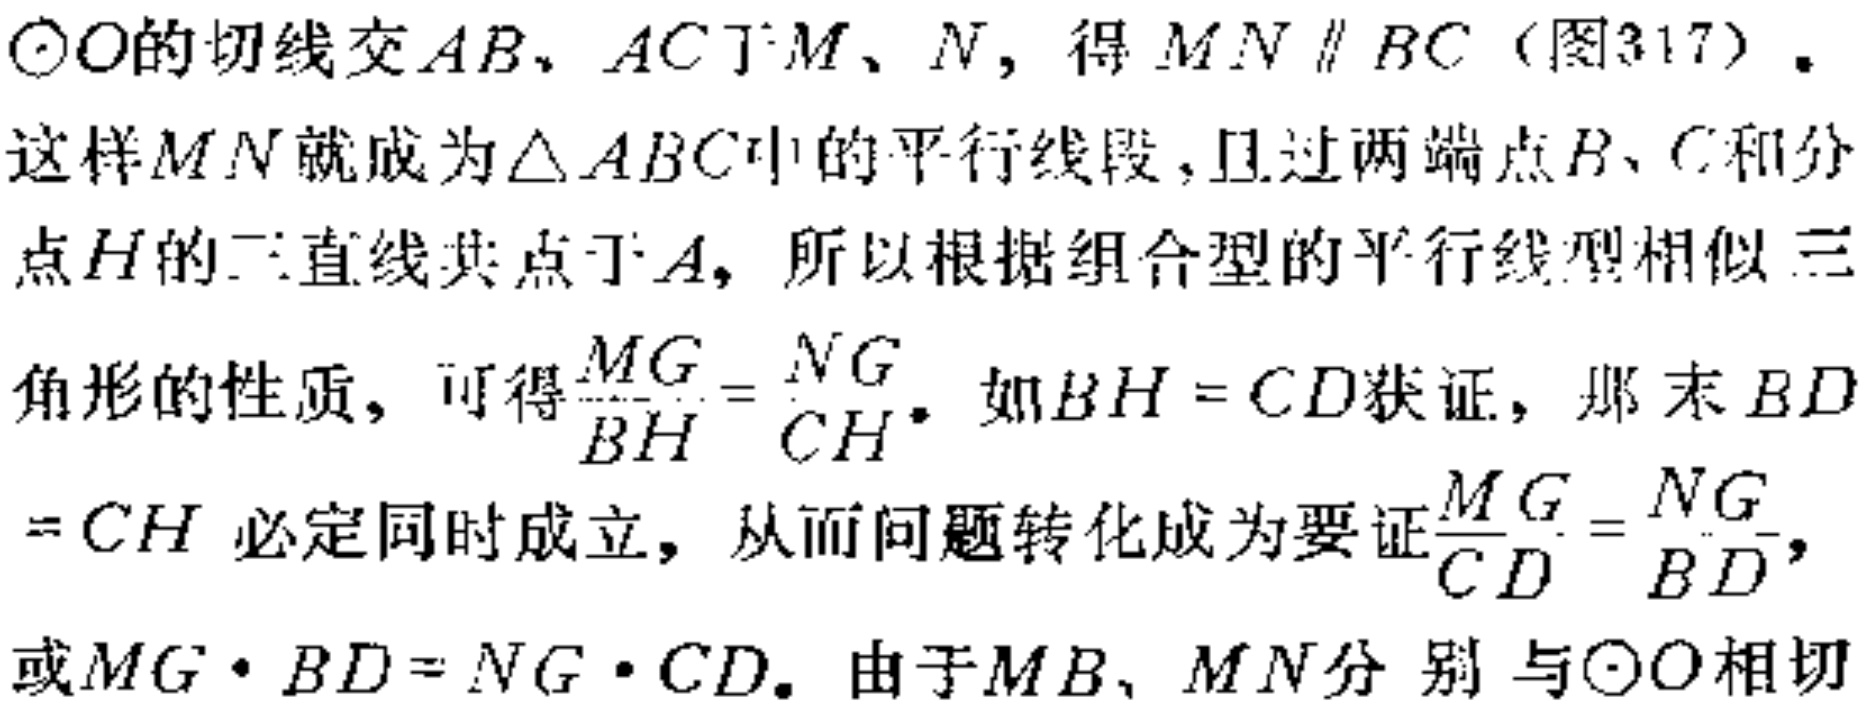
$\odot O$的切线交$AB$、$AC$于$M$、$N$，得$MN \parallel BC$（图317）.
这样$MN$就成为$\triangle ABC$中的平行线段，且过两端点$B$、$C$和分
点$H$的三直线共点于$A$，所以根据组合型的平行线型相似三
角形的性质，可得$\frac{MG}{BH}=\frac{NG}{CH}$. 如$BH = CD$获证，那末$BD$
$=CH$必定同时成立，从而问题转化成为要证$\frac{MG}{CD}=\frac{NG}{BD}$，
或$MG\cdot BD = NG\cdot CD$. 由于$MB$、$MN$分别与$\odot O$相切